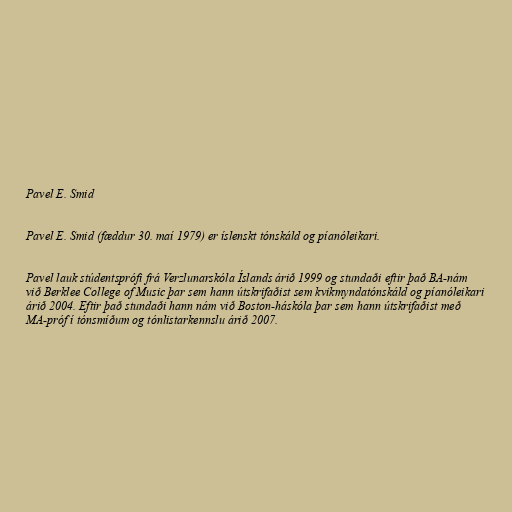
Pavel E. Smid

Pavel E. Smid (fæddur 30. maí 1979) er íslenskt tónskáld og píanóleikari.

Pavel lauk stúdentsprófi frá Verzlunarskóla Íslands árið 1999 og stundaði eftir það BA-nám
við Berklee College of Music þar sem hann útskrifaðist sem kvikmyndatónskáld og píanóleikari
árið 2004. Eftir það stundaði hann nám við Boston-háskóla þar sem hann útskrifaðist með
MA-próf í tónsmíðum og tónlistarkennslu árið 2007.